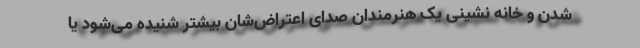
شدن و خانه نشینی یک هنرمندان صدای اعتراض‌شان بیشتر شنیده می‌شود یا